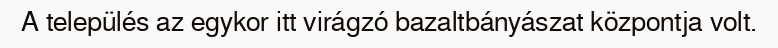
A település az egykor itt virágzó bazaltbányászat központja volt.